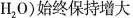
H_{2}O)始终保持增大